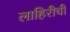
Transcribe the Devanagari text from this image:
लाहिरीची